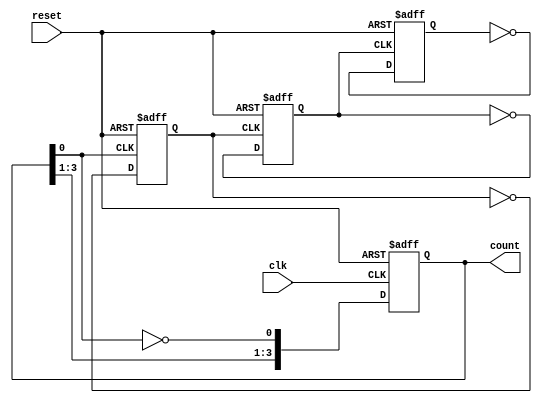
module async_ripple_counter (
    input wire clk,         // Clock input
    input wire reset,       // Asynchronous reset input
    output reg [n-1:0] count // Counter output (n bits)
);
    parameter n = 4; // Number of flip-flops (change as needed)

    // T Flip-Flop behavior
    always @(posedge clk or posedge reset) begin
        if (reset) begin
            count <= 0; // Reset the counter to zero
        end else begin
            count[0] <= ~count[0]; // Toggle LSB on every clock pulse
        end
    end

    // Ripple effect for subsequent flip-flops
    genvar i;
    generate
        for (i = 1; i < n; i = i + 1) begin : ripple_ff
            always @(negedge count[i-1] or posedge reset) begin
                if (reset) begin
                    count[i] <= 0; // Reset the flip-flop
                end else begin
                    count[i] <= ~count[i]; // Toggle on falling edge of previous flip-flop
                end
            end
        end
    endgenerate

endmodule